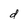
Character: d